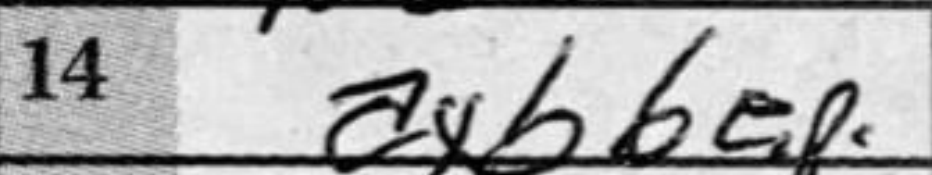
Transcription: axb6